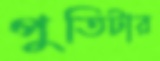
পুতিটার